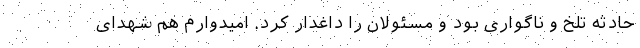
حادثه تلخ و ناگواری بود و مسئولان را داغدار کرد. امیدوارم هم شهدای